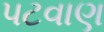
પટવાણ